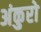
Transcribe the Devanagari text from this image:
अंकुरो